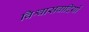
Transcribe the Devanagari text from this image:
विश्वासवादियों